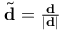
\begin{array} { r } { \tilde { \mathbf { d } } = \frac { \mathbf { d } } { | \mathbf { d } | } } \end{array}